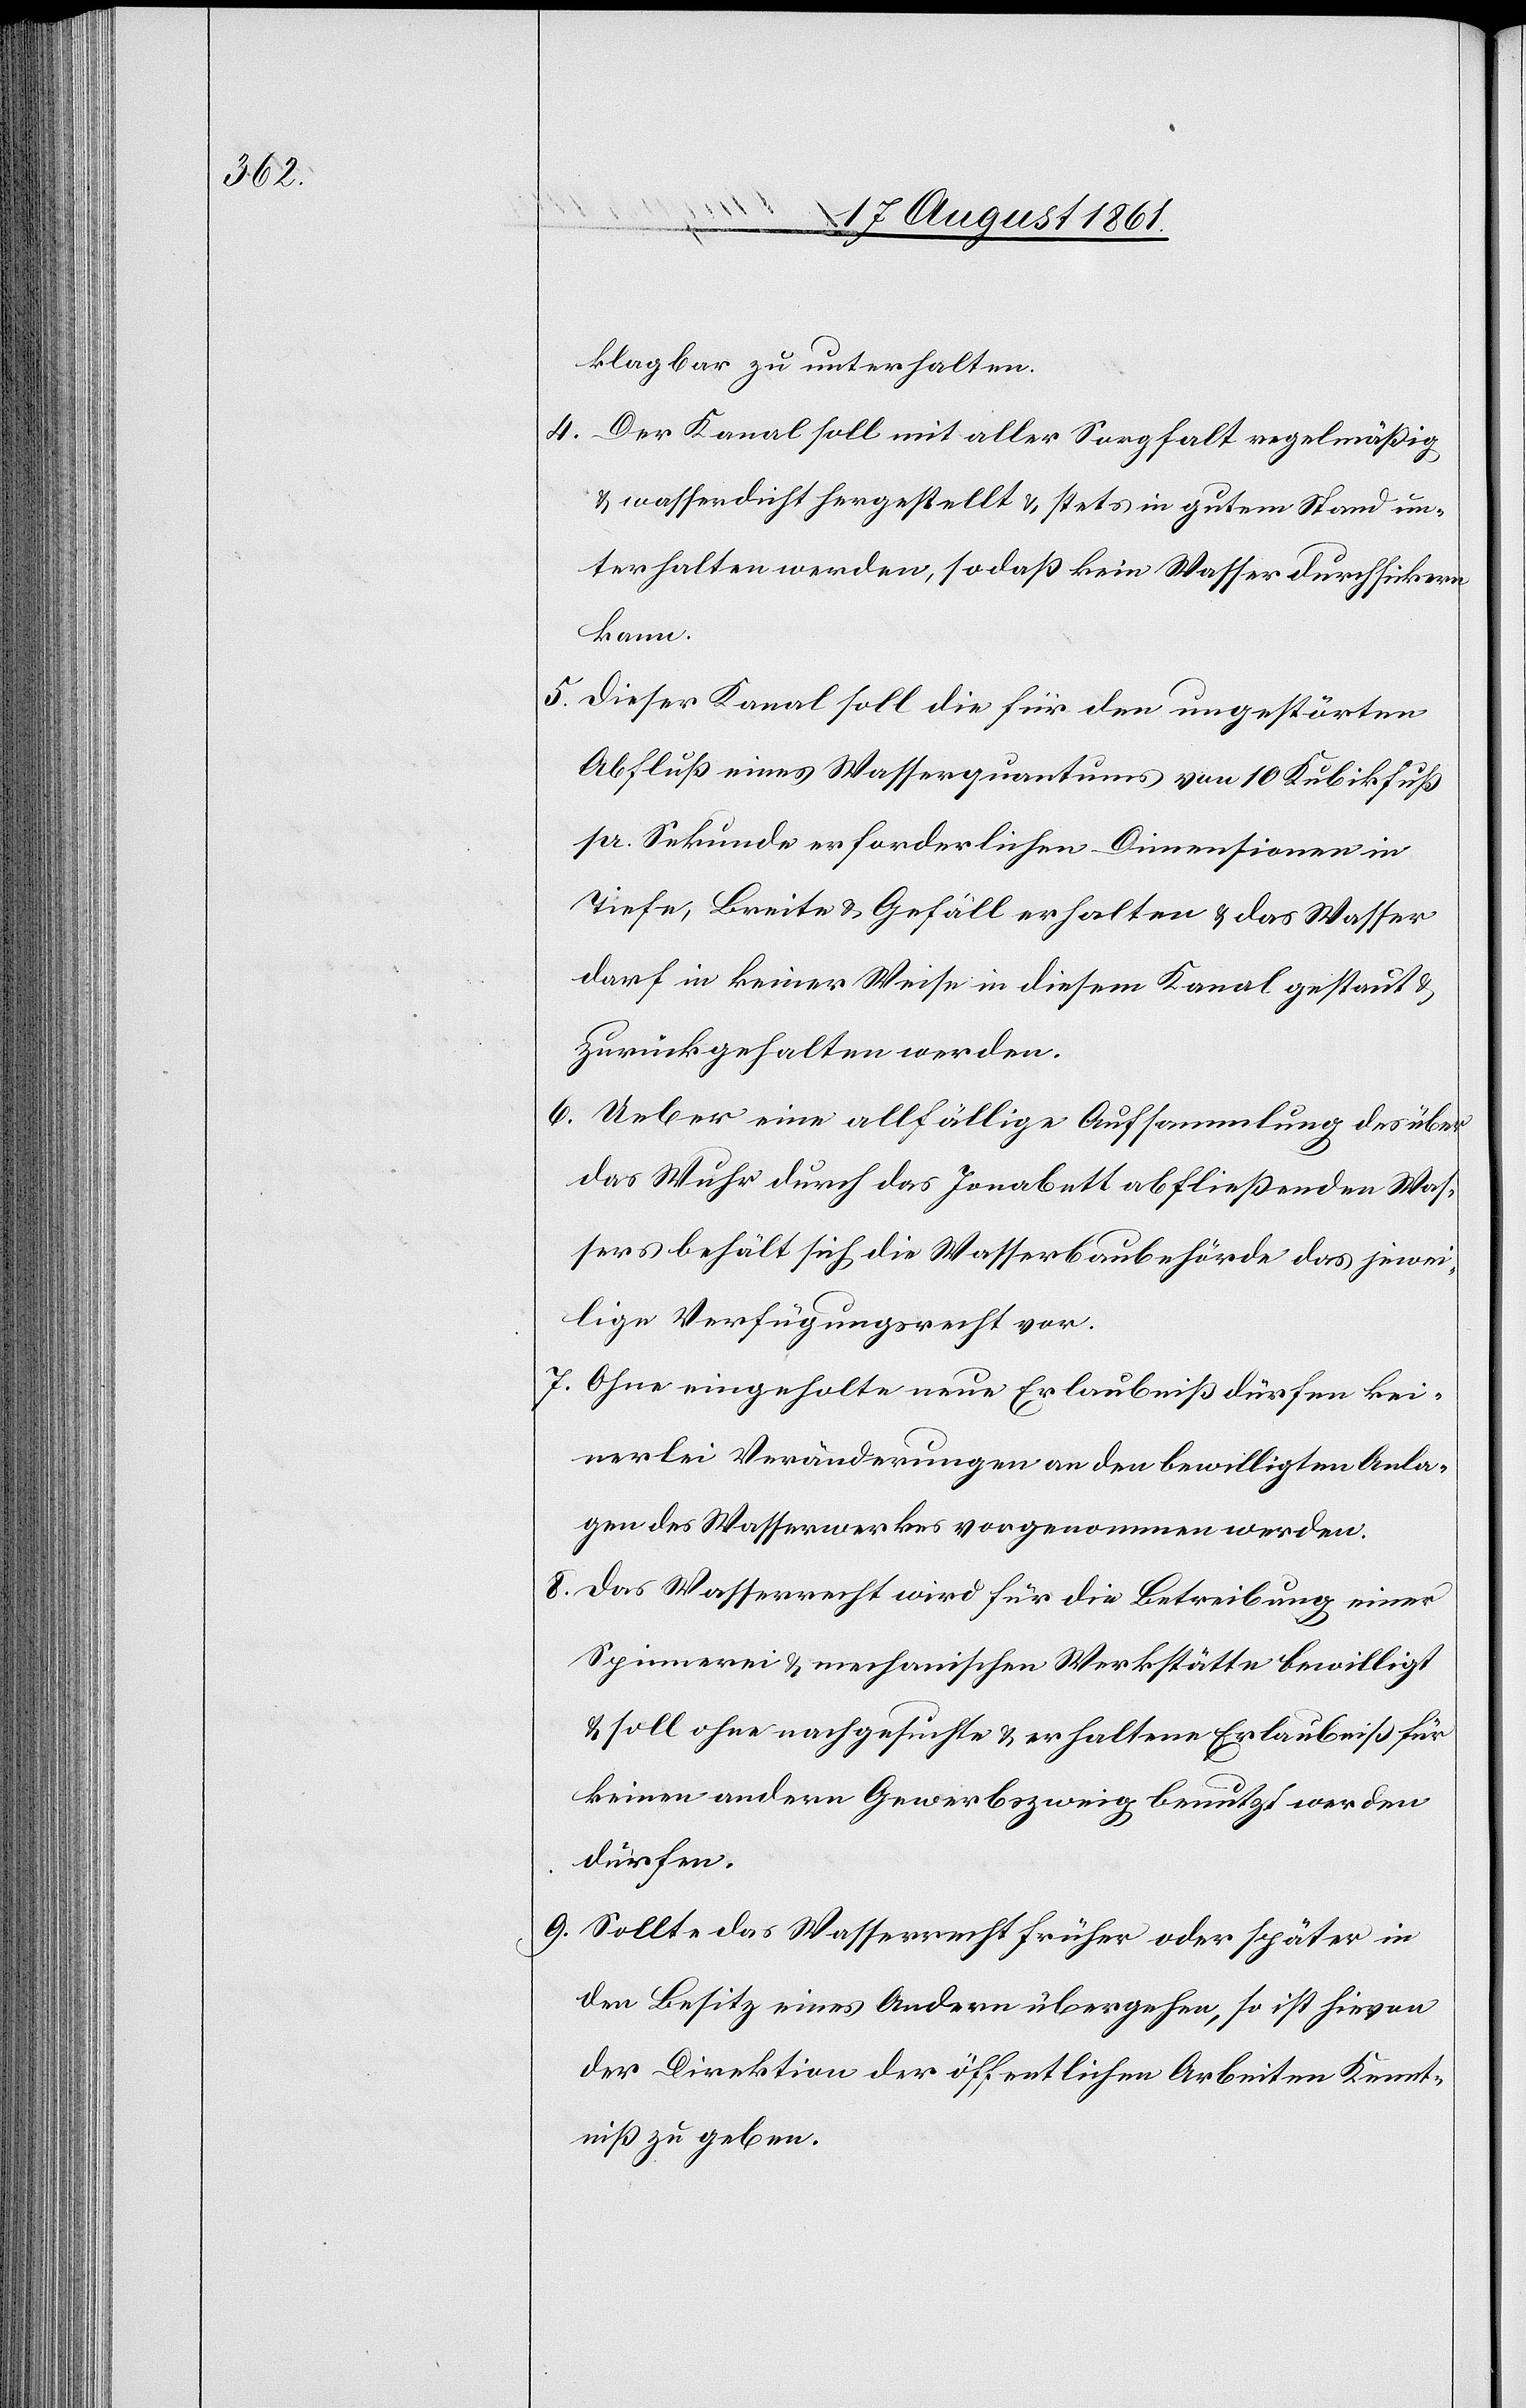
klagbar zu unterhalten.
4. Der Kanal soll mit aller Sorgfalt regelmäßig
u. wasserdicht hergestellt u. stets in gutem Stand un¬
terhalten werden, so daß kein Wasser durchsickern
kann.
5. Dieser Kanal soll die für den ungestörten
Abfluß eines Wasserquantums von 10 Kubikfuß
pr. Sekunde erforderlichen Dimensionen in
Tiefe, Breite u. Gefäll erhalten u. das Wasser
darf in keiner Weise in diesem Kanal gestaut
zurückgehalten werden.
6. Ueber eine allfällige Aufsammlung des über
das Wuhr durch das Jonabett abfließenden Was¬
sers behält sich die Wasserbaubehörde das jewei¬
lige Verfügungsrecht vor.
7. Ohne eingeholte neue Erlaubniß dürfen kei¬
nerlei Veränderungen an den bewilligten Anla¬
gen des Wasserwerkes vorgenommen werden.
8. Das Wasserrecht wird für die Betreibung einer
Spinnerei u. mechanischen Werkstätte bewilligt
u. soll ohne nachgesuchte u. erhaltene Erlaubniß für
keinen andern Gewerbszweig benutzt werden
dürfen.
9. Sollte das Wasserrecht früher oder später in
den Besitz eines Andern übergehen, so ist hievon
der Direktion der öffentlichen Arbeiten Kennt¬
niß zu geben.